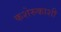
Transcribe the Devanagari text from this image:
कशेरुकाशी